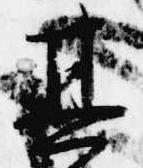
其